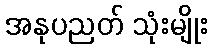
အနုပညတ် သုံးမျိုး